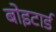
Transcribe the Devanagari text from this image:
बोइटार्ड